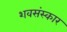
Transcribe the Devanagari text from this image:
शवसंस्कार